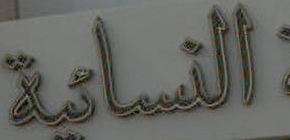
النسائية